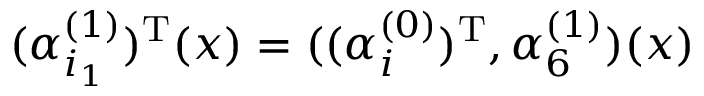
( \alpha _ { i _ { 1 } } ^ { ( 1 ) } ) ^ { \mathrm { T } } ( x ) = ( ( \alpha _ { i } ^ { ( 0 ) } ) ^ { \mathrm { T } } , \alpha _ { 6 } ^ { ( 1 ) } ) ( x )